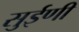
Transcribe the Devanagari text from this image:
सुईणी